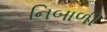
નિબાળી